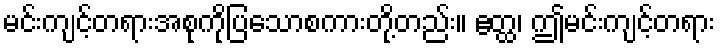
မင်းကျင့်တရားအစုကိုပြသောစကားတို့တည်း။ ဧတ္ထ၊ ဤမင်းကျင့်တရား